Vaccination in Bombay 1863-1868 - 1863-1868
Year: 1863
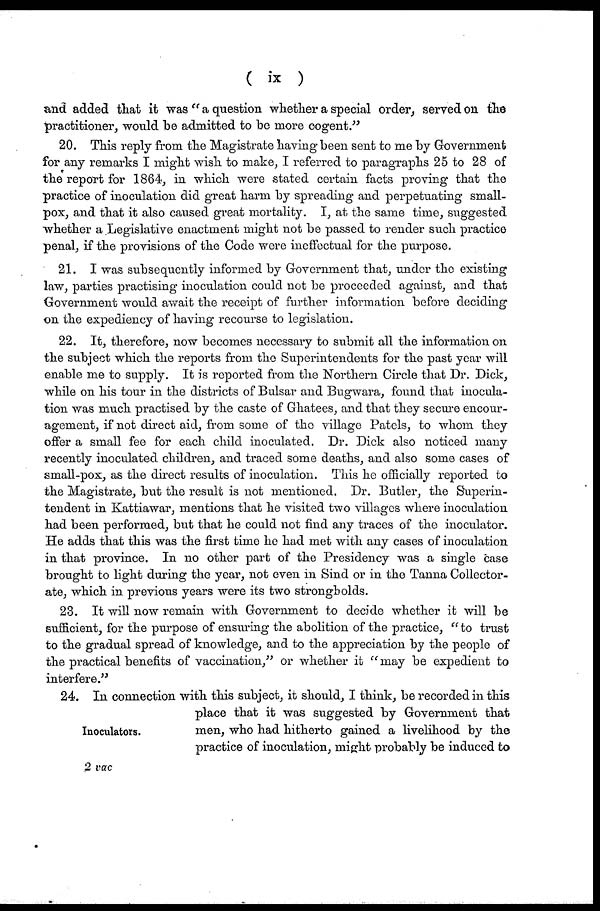
( ix )
and added that it was " a question whether a special order, served on the
practitioner, would be admitted to be more cogent."
20. This reply from the Magistrate having been sent to me by Government
for any remarks I might wish to make, I referred to paragraphs 25 to 28 of
the report for 1864, in which were stated certain facts proving that the
practice of inoculation did great harm by spreading and perpetuating small-
pox, and that it also caused great mortality. I, at the same time, suggested
whether a Legislative enactment might not be passed to render such practice
penal, if the provisions of the Code were ineffectual for the purpose.
21. I was subsequently informed by Government that, under the existing
law, parties practising inoculation could not be proceeded against, and that
Government would await the receipt of further information before deciding
on the expediency of having recourse to legislation.
22. It, therefore, now becomes necessary to submit all the information on
the subject which the reports from the Superintendents for the past year will
enable me to supply. It is reported from the Northern Circle that Dr. Dick,
while on his tour in the districts of Bulsar and Bugwara, found that inocula-
tion was much practised by the caste of Ghatees, and that they secure encour-
agement, if not direct aid, from some of the village Patels, to whom they
offer a small fee for each child inoculated. Dr. Dick also noticed many
recently inoculated children, and traced some deaths, and also some cases of
small-pox, as the direct results of inoculation. This he officially reported to
the Magistrate, but the result is not mentioned. Dr. Butler, the Superin-
tendent in Kattiawar, mentions that he visited two villages where inoculation
had been performed, but that he could not find any traces of the inoculator.
He adds that this was the first time he had met with any cases of inoculation
in that province. In no other part of the Presidency was a single case
brought to light during the year, not even in Sind or in the Tanna Collector-
ate, which in previous years were its two strongholds.
23. It will now remain with Government to decide whether it will be
sufficient, for the purpose of ensuring the abolition of the practice, " to trust
to the gradual spread of knowledge, and to the appreciation by the people of
the practical benefits of vaccination," or whether it "may be expedient to
interfere."
Inoculators.
24. In connection with this subject, it should, I think, be recorded in this
place that it was suggested by Government that
men, who had hitherto gained a livelihood by the
practice of inoculation, might probably be induced to
2 vac